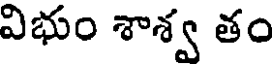
విభుం శాశ్వ తం